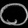
Digit: ၀